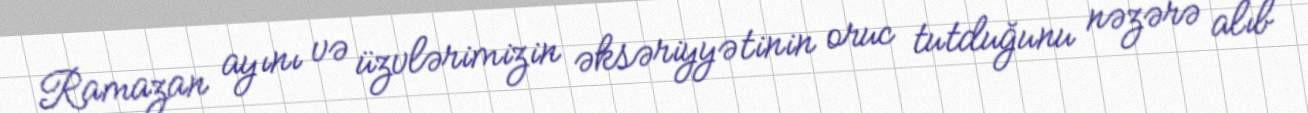
Ramazan ayını və üzvlərimizin əksəriyyətinin oruc tutduğunu nəzərə alıb